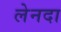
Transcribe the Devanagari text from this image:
लेनदा